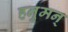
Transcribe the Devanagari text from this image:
हनुमन्